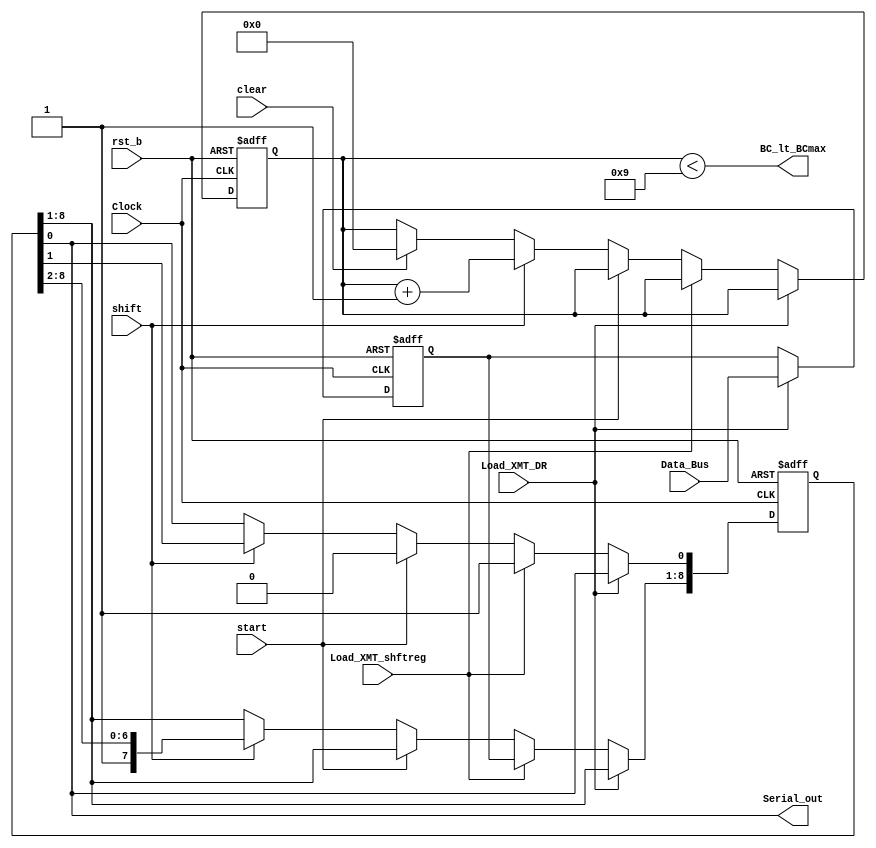
// Module Definition
module Datapath_Unit (
	Serial_out,
	BC_lt_BCmax,
	Data_Bus,
	Load_XMT_DR,
	Load_XMT_shftreg,
	start,
	shift,
	clear,
	Clock,
	rst_b);

	// Declare internal parameters
	parameter		word_size = 8;
	parameter		size_bit_count = 3;
	parameter		all_ones = {(word_size + 1){1'b1}};	// 9 bits of ones

	// Declare input/output
	output		Serial_out;
	output		BC_lt_BCmax;

	input [word_size-1:0]	Data_Bus;
	input			Load_XMT_DR;
	input			Load_XMT_shftreg;
	input			start;
	input			shift;
	input			clear;
	input 		Clock;
	input			rst_b;

	// Declare internal reg variable
	reg [word_size-1:0]	XMT_datareg;	// Transmit Data Register
	reg [word_size:0]		XMT_shftreg;	// Transmit Shift Register:{data, start bit}
	reg [size_bit_count:0]	bit_count;		// Counts the bits that are transmitted
	
	assign Serial_out = XMT_shftreg[0];

	// Connect your UDP (User Defined Primitive)
	// Insert your code here.
        assign BC_lt_BCmax = (bit_count < word_size + 1);
        //BC_lt_BCmax_primitive(BC_lt_BCmax, bit_count[size_bit_count], bit_count[size_bit_count - 1], bit_count[size_bit_count - 2], bit_count[size_bit_count - 3]);

	// Data Path for UART Transmitter
	always @(posedge Clock or negedge rst_b)
	begin
            if(!rst_b)
            begin
                bit_count <= 4'b0;
                XMT_shftreg <= all_ones;
                XMT_datareg <= 0;
            end
            else
                begin
                    if(Load_XMT_DR)
                        XMT_datareg <= Data_Bus;
                    else if (Load_XMT_shftreg)
                        XMT_shftreg <= {XMT_datareg[word_size-1:0], 1'b1};
                    else if(start)
                        XMT_shftreg[0] <= 0;
                    else if(shift)
                        // shift here
                        begin
                            XMT_shftreg <= {1'b1, XMT_shftreg[word_size:1]};
                            bit_count <= bit_count + 1;
                        end
                    else if(clear)
                        bit_count <= 4'b0;
                    else
                        begin
                            bit_count <= bit_count;
                            XMT_datareg <= XMT_datareg;
                            XMT_shftreg <= XMT_shftreg;
                        end
                end
	end
endmodule

// UDP (User Defined Primitive)
// -----------------------------------
// Insert your UDP here.
// -----------------------------------
/*
primitive BC_lt_BCmax_primitive (
    BC_lt_BCmax,
    bit_count_3,
    bit_count_2,
    bit_count_1,
    bit_count_0
);
output BC_lt_BCmax;
input bit_count_3;
input bit_count_2;
input bit_count_1;
input bit_count_0;
table
    // bit_count | BC_lt_BCmax
    0   0   0   0 : 1;
    0   0   0   1 : 1;
    0   0   1   0 : 1;
    0   0   1   1 : 1;
    0   1   0   0 : 1;
    0   1   0   1 : 1;
    0   1   1   0 : 1;
    0   1   1   1 : 1;
    1   0   0   0 : 1;
    1   0   0   1 : 0;
endtable
endprimitive
*/